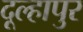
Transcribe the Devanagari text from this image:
दूल्हापुर